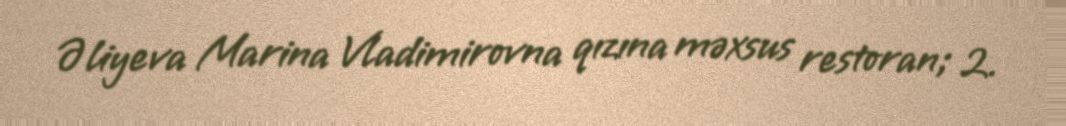
Əliyeva Marina Vladimirovna qızına məxsus restoran; 2.